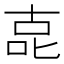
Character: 㖛